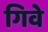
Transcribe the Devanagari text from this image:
गिवे